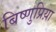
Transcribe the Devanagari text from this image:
बिष्णुप्रिय़ा